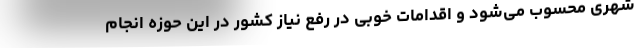
شهری محسوب می‌شود و اقدامات خوبی در رفع نیاز کشور در این حوزه انجام